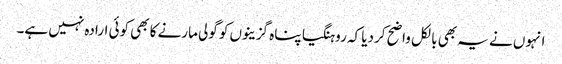
انہوں نے یہ بھی بالکل واضح کردیا کہ روہنگیا پناہ گزینوں کو گولی مارنے کا بھی کوئی ارادہ نہیں ہے۔